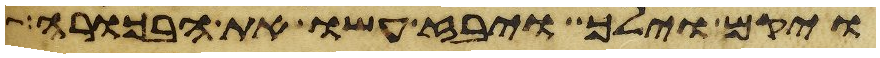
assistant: ויקם וילך ויבז עשו את הבכורה